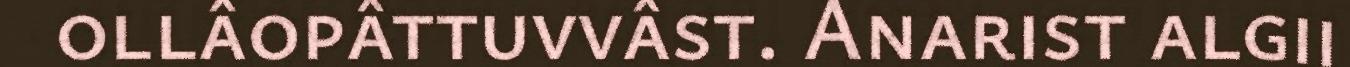
ollâopâttuvvâst. Anarist algii